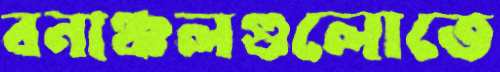
বনাঞ্চলগুলোতে